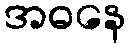
အဓနေ